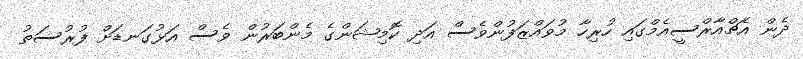
ދެން އެޗްއާރްސީއެމްގައި ހުރިހާ މުވައްޒަފުންވެސް އަދި ކޮމިޝަންގެ މެންބަރުން ވެސް އަޅުގަނޑަށް ފުރުސަތު